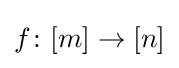
f\colon [m]\rightarrow [n]